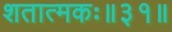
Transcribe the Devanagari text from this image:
शतात्मकः॥३१॥